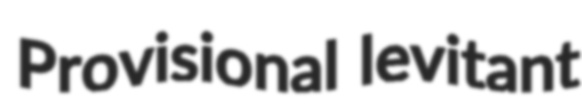
Provisional levitant